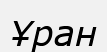
Ұран